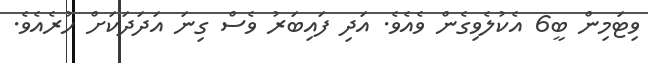
ވިޓަމިން ބީ6 އެކުލެވިގެން ވެއެވެ. އަދި ފައިބަރު ވެސް ގިނަ އަދަދަކަށް ހުރެއެވެ.